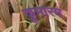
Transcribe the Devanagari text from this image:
कुमारम